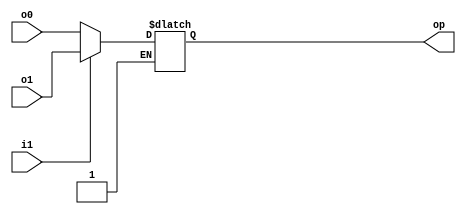
module mux2(i1,o0,o1,op);
input [15:0] o0,o1;
input i1;
output reg[15:0] op;
always@(*)
begin
if(i1)
begin
op=o1;
end
else if(~i1)
begin
op=o0;
end
end
endmodule